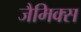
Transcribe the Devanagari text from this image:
जैमिक्स